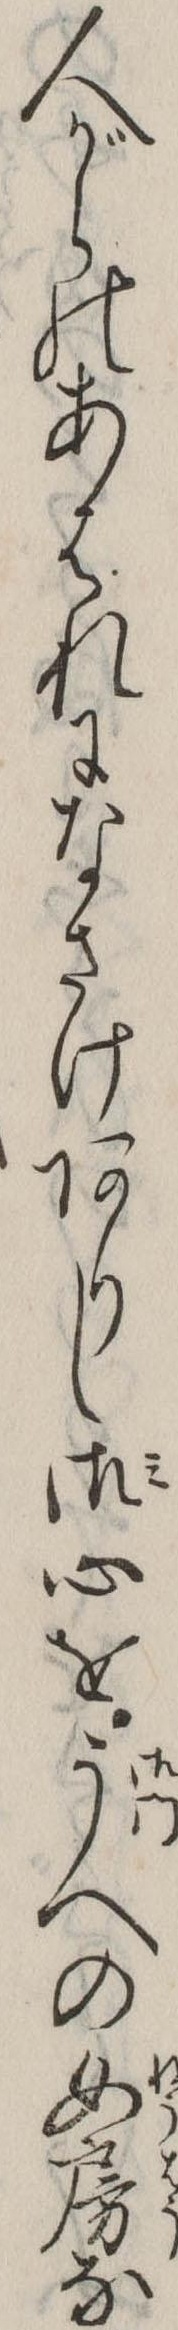
人がらのあはれになさけありし御心をうへの女房な